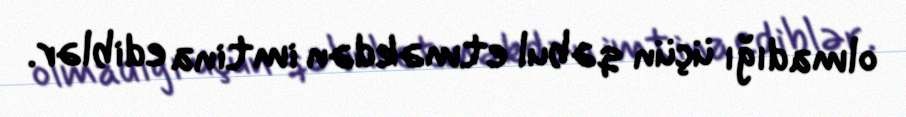
olmadığı üçün qəbul etməkdən imtina ediblər.